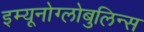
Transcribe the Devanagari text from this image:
इम्यूनोग्लोबुलिन्स